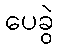
ပေခွဲ